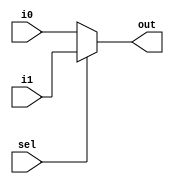
module MUX21(
    input [15:0] i0,
    input [15:0] i1,
    input sel,
    output [15:0] out
);
    assign out = sel? i1:i0;

endmodule